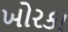
ખોરકા